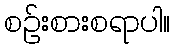
စဉ်းစားစရာပါ။